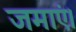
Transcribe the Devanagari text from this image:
जमाएं।